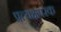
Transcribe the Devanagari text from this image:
प्रत्यक्षपरक